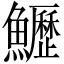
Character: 𩽏